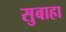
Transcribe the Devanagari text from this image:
सुबाहा